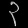
Digit: ၃